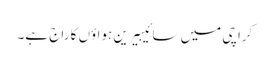
کراچی میں سائیبیرین ہواؤں کا راج ہے۔